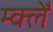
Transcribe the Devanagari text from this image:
म्क्लेँ